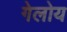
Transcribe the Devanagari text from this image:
गेलोय